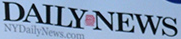
DAILYNEWS